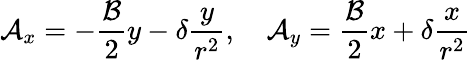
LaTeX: \mathcal{A}_{x}=-\frac{\mathcal{B}}{2}y-\delta\frac{y}{r^{2}},\quad\mathcal{A}_{y}=\frac{\mathcal{B}}{2}x+\delta\frac{x}{r^{2}}